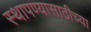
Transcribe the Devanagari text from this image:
स्थापण्यासाठीच्या